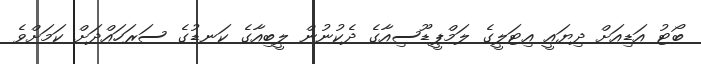
ބޯޓު އަޑިއަށް ދިޔައީ އިޓަލީގެ ލަމްޕީޑޫސިއާގެ ދެކުނުން ލީބިއާގެ ކަނޑުގެ ސަރަހައްދަށް ކަމަށްވެ